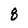
Character: 8